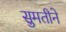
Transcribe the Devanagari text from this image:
सुमतीने